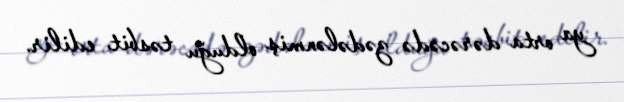
ya orta dərəcədə zədələnmiş olduğu təsbit edilir.